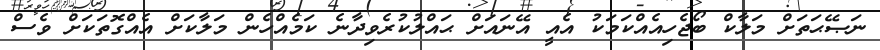
ނަޞޭޙަތަށް މަލާކް ބޯޖެހިއެއްކަމަކު އެއީ އޭނައަށް ޙައްލުކުރެވިދާނެ ކަމެއްހެން މަލާކަށް އެއްގޮތަކަށް ވެސް